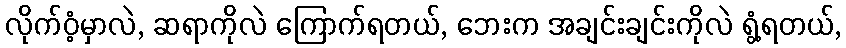
လိုက်ဝံ့မှာလဲ, ဆရာကိုလဲ ကြောက်ရတယ်, ဘေးက အချင်းချင်းကိုလဲ ရွံ့ရတယ်,